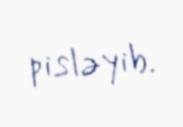
pisləyib.